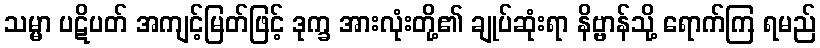
သမ္မာ ပဋိပတ် အကျင့်မြတ်ဖြင့် ဒုက္ခ အားလုံးတို့၏ ချုပ်ဆုံးရာ နိဗ္ဗာန်သို့ ရောက်ကြ ရမည်